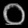
Digit: ၀